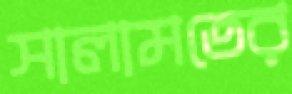
সালামতের